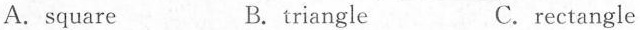
A. square B.triangle C.rectangle